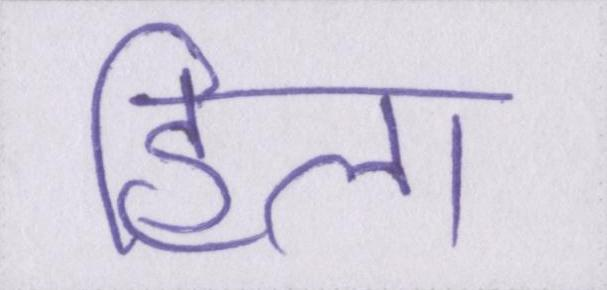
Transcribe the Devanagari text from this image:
हिला